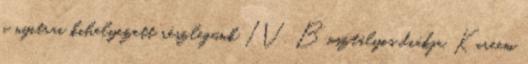
a nyitrai kihelyezett részlegünk IV. B osztályos diákja, Kareem